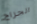
الجراج